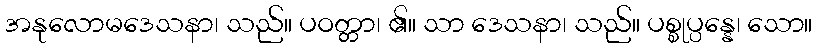
အနုလောမဒေသနာ၊ သည်။ ပဝတ္တာ၊ ၏။ သာ ဒေသနာ၊ သည်။ ပစ္စုပ္ပန္နေ၊ သော။